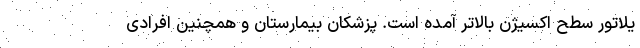
یلاتور سطح اکسیژن بالاتر آمده است. پزشکان بیمارستان و همچنین افرادی